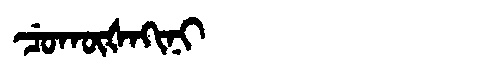
Manchu: ᠴᡠᡴᡡᡧᠠᡴᡳᠨᡳ
Romanization: CUKŪŠAKINI